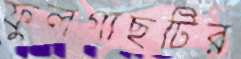
ফুলগাছটির